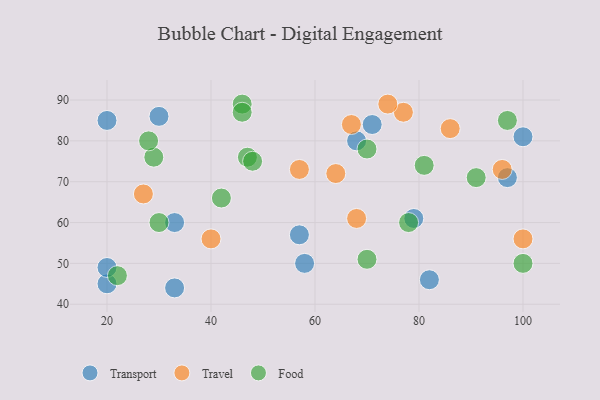
{"axis": {"x": "GDP", "y": "Life Expectancy"}, "legend": ["Food", "Transport", "Travel"], "data": [{"x": "20", "y": 45, "type": "Transport"}, {"x": "20", "y": 49, "type": "Transport"}, {"x": "79", "y": 61, "type": "Transport"}, {"x": "20", "y": 85, "type": "Transport"}, {"x": "33", "y": 44, "type": "Transport"}, {"x": "30", "y": 86, "type": "Transport"}, {"x": "97", "y": 71, "type": "Transport"}, {"x": "33", "y": 60, "type": "Transport"}, {"x": "58", "y": 50, "type": "Transport"}, {"x": "100", "y": 81, "type": "Transport"}, {"x": "82", "y": 46, "type": "Transport"}, {"x": "71", "y": 84, "type": "Transport"}, {"x": "57", "y": 57, "type": "Transport"}, {"x": "68", "y": 80, "type": "Transport"}, {"x": "67", "y": 84, "type": "Travel"}, {"x": "96", "y": 73, "type": "Travel"}, {"x": "40", "y": 56, "type": "Travel"}, {"x": "77", "y": 87, "type": "Travel"}, {"x": "27", "y": 67, "type": "Travel"}, {"x": "64", "y": 72, "type": "Travel"}, {"x": "74", "y": 89, "type": "Travel"}, {"x": "68", "y": 61, "type": "Travel"}, {"x": "100", "y": 56, "type": "Travel"}, {"x": "57", "y": 73, "type": "Travel"}, {"x": "86", "y": 83, "type": "Travel"}, {"x": "70", "y": 78, "type": "Food"}, {"x": "70", "y": 51, "type": "Food"}, {"x": "47", "y": 76, "type": "Food"}, {"x": "46", "y": 89, "type": "Food"}, {"x": "97", "y": 85, "type": "Food"}, {"x": "29", "y": 76, "type": "Food"}, {"x": "48", "y": 75, "type": "Food"}, {"x": "22", "y": 47, "type": "Food"}, {"x": "30", "y": 60, "type": "Food"}, {"x": "42", "y": 66, "type": "Food"}, {"x": "100", "y": 50, "type": "Food"}, {"x": "28", "y": 80, "type": "Food"}, {"x": "78", "y": 60, "type": "Food"}, {"x": "46", "y": 87, "type": "Food"}, {"x": "91", "y": 71, "type": "Food"}, {"x": "81", "y": 74, "type": "Food"}]}